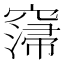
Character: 𥧲